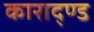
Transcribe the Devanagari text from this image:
काराद्ण्ड